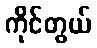
ကိုင်တွယ်